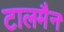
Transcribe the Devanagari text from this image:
टालमैन